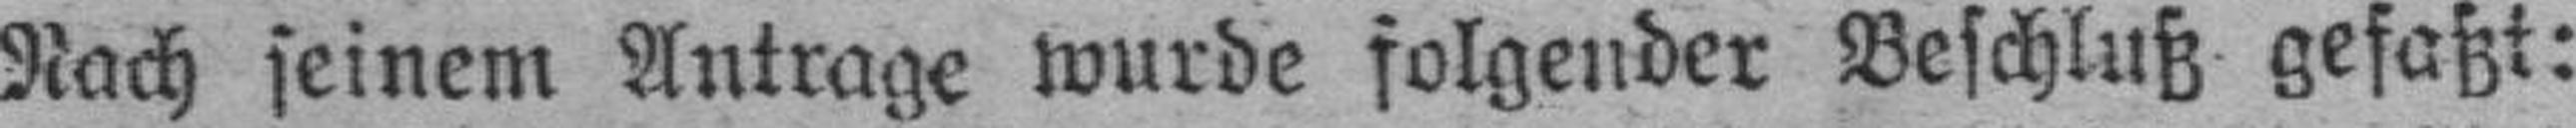
Nach seinem Antrage wurde folgender Beschluß gefaßt: